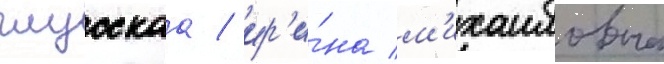
глусскаа / ир'и́на м'ихаиловна